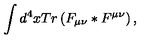
\int d ^ { 4 } x T r \left( F _ { \mu \nu } \ast F ^ { \mu \nu } \right) ,